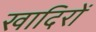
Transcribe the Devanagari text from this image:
खादिरों